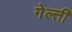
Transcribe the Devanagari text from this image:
गेल्ती